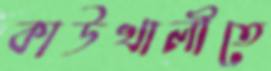
কাউখালীতে